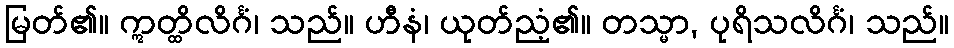
မြတ်၏။ ဣတ္ထိလိင်္ဂံ၊ သည်။ ဟီနံ၊ ယုတ်ညံ့၏။ တသ္မာ, ပုရိသလိင်္ဂံ၊ သည်။